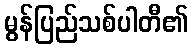
မွန်ပြည်သစ်ပါတီ၏